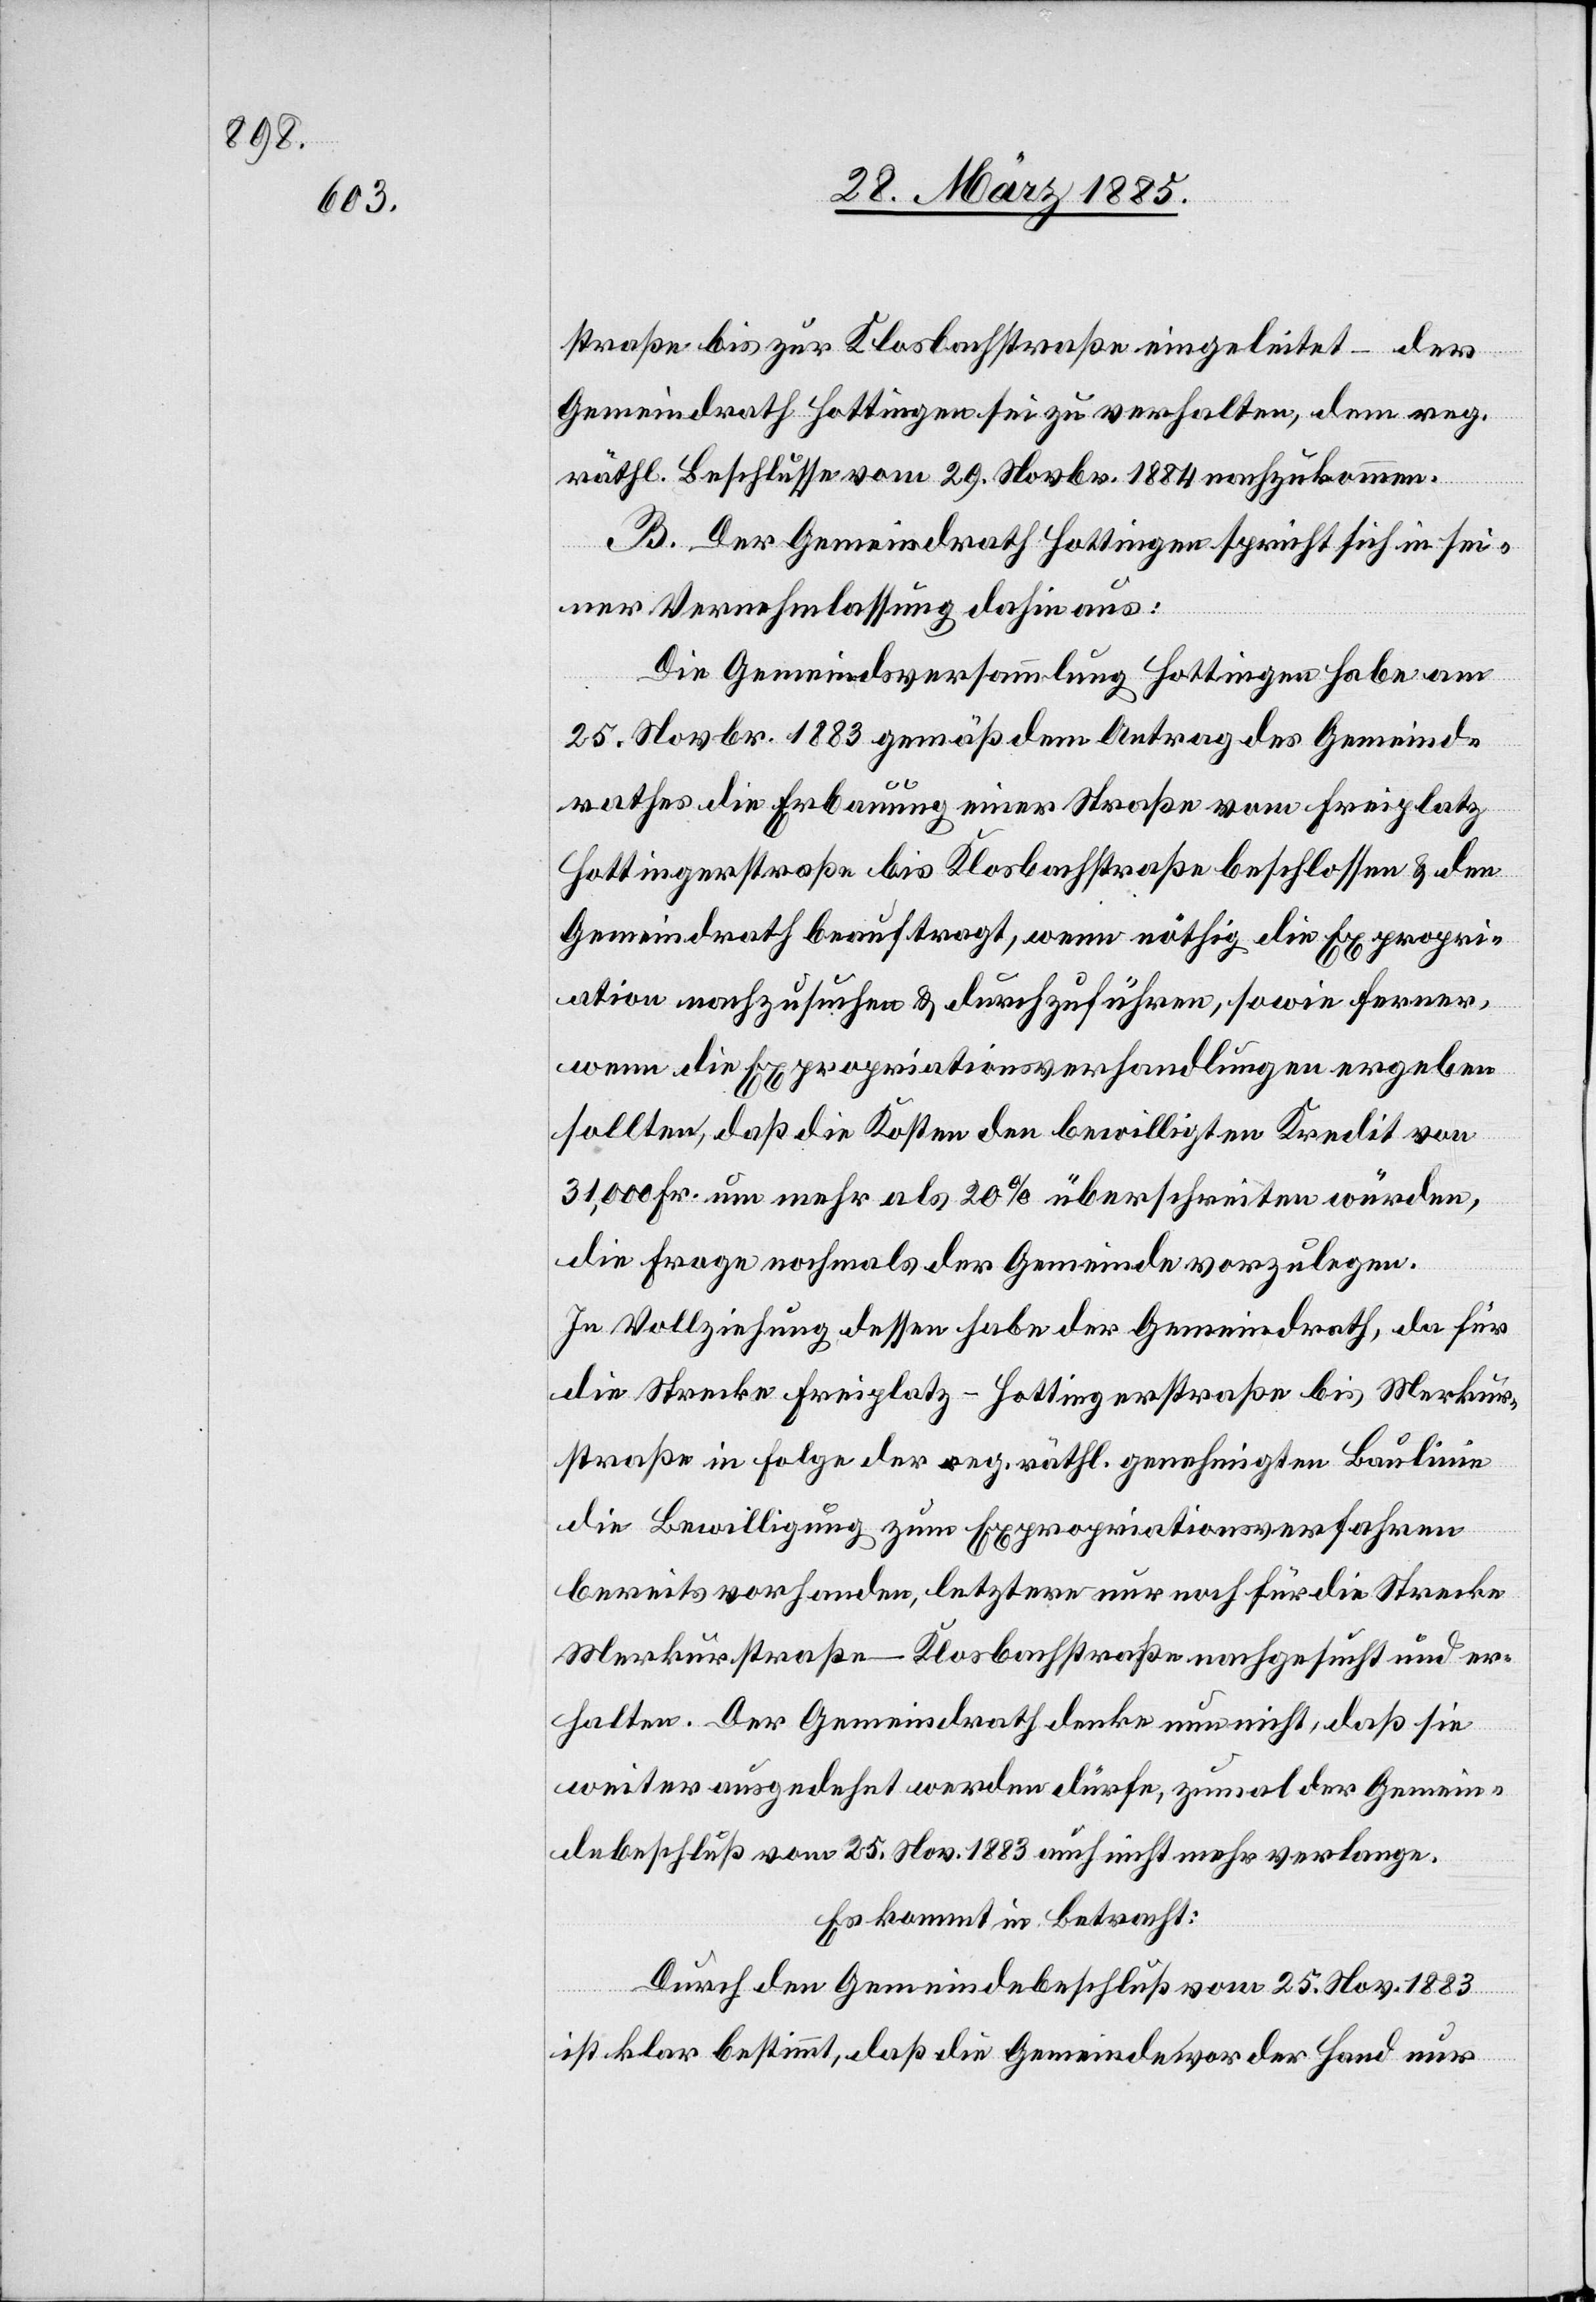
straße bis zur Klosbachstraße eingeleitet – der
Gemeindrath Hottingen sei zu verhalten, dem reg.
räthl. Beschlusse vom 29. Novbr. 1884 nachzukommen.
B. Der Gemeindrath Hottingen spricht sich in sei¬
ner Vernehmlassung dahin aus:
Die Gemeindsversammlung Hottingen habe am
25. Novbr. 1883 gemäß dem Antrag des Gemeind¬
rathes die Erbauung einer Straße vom Freiplatz
Hottingerstraße bis Klosbachstraße beschlossen & den
Gemeindrath beauftragt, wenn nöthig die Expropri¬
ation nachzusuchen & durchzuführen, sowie ferner,
wenn die Expropriationsverhandlungen ergeben
sollten, daß die Kosten den bewilligten Kredit von
31,000 Fr. um mehr als 20% überschreiten würden,
die Frage nochmals der Gemeinde vorzulegen.
In Vollziehung dessen habe der Gemeindrath, da für
die Strecke Freiplatz–Hottingerstraße bis Merkur¬
straße in Folge der reg. räthl. genehmigten Baulinie
die Bewilligung zum Expropriationsverfahren
bereits vorhanden, letztere nur noch für die Strecke
Merkurstraße–Klosbachstraße nachgesucht und er¬
halten. Der Gemeindrath denke nun nicht, daß sie
weiter ausgedehnt werden dürfe, zumal der Gemein¬
debeschluß vom 25. Nov. 1883 auch nicht mehr verlange.
Es kommt in Betracht:
Durch den Gemeindebeschluß vom 25. Nov. 1883
ist klar bestimmt, daß die Gemeinde vor der Hand nur